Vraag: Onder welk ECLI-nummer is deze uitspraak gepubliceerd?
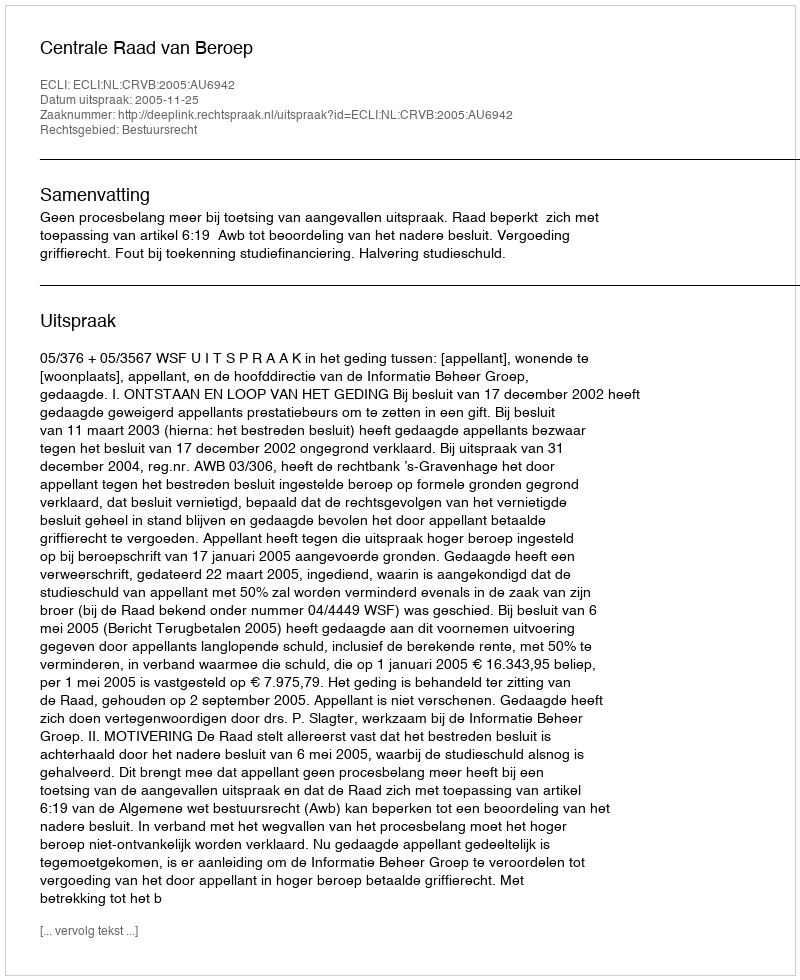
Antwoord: ECLI:NL:CRVB:2005:AU6942